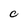
Character: C